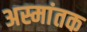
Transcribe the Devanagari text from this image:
अस्मांतक